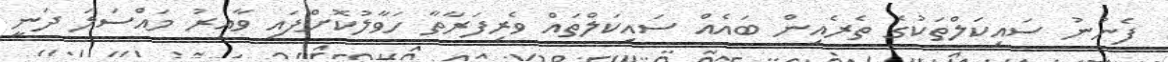
ފެނުނު ސައިކަލްތަކުގެ ތެރެއިން ބައެއް ސައިކަލްތައް ވެރިފަރާތާ ހަވާލުކޮށްފައި ވާއިރު މައްސަލަ ދަނީ